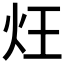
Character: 𤆦